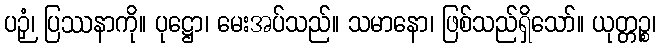
ပဉှံ၊ ပြဿနာကို။ ပုဋ္ဌော၊ မေးအပ်သည်။ သမာနော၊ ဖြစ်သည်ရှိသော်။ ယုတ္တဉ္စ၊